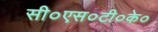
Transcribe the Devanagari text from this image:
सी०एस०टी०के०